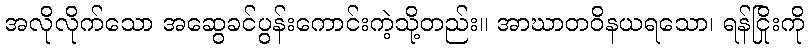
အလိုလိုက်သော အဆွေခင်ပွန်းကောင်းကဲ့သို့တည်း။ အာဃာတဝိနယရသော၊ ရန်ငြိုးကို